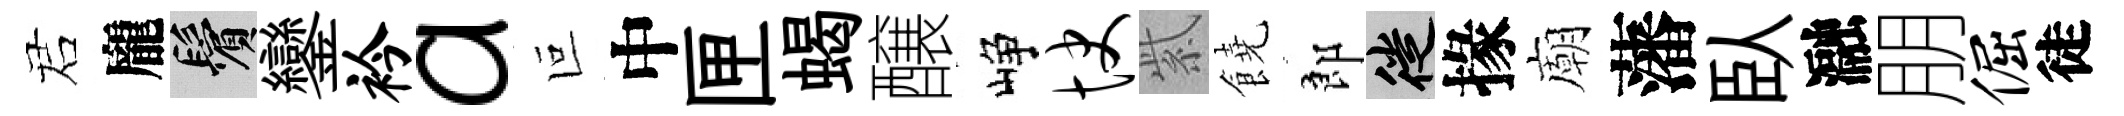
诺龐鬢鑾衿a叵中匣蝎醸峥快紫饒郎徙掾廟藩臥瀜朋倔徒